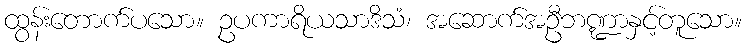
ထွန်းတောက်ပသော။ ဥပကာရိယသာဒိသံ၊ အဆောက်အဦဘဏ္ဍာနှင့်တူသော။